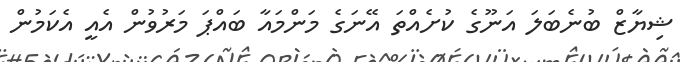
ޝިޔާޒް ބުނެބަލަ އަނޫގެ ކުށެއްތަ އޭނަގެ މަންމައާ ބައްޕަ މަރުވުން އެއީ އެކަމުން